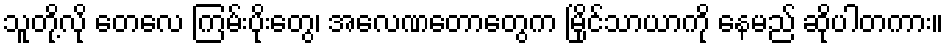
သူတို့လို တေလေ ကြမ်းပိုးတွေ၊ အလေဏတောတွေက မြိုင်သာယာကို နေမည် ဆိုပါတကား။